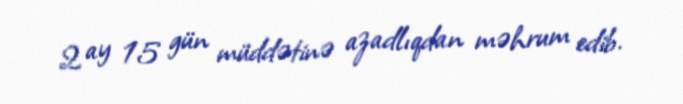
2 ay 15 gün müddətinə azadlıqdan məhrum edib.